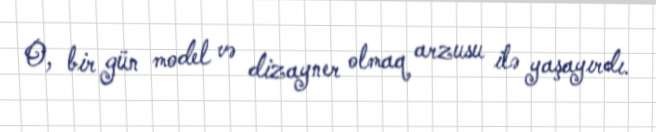
O, bir gün model və dizayner olmaq arzusu ilə yaşayırdı.